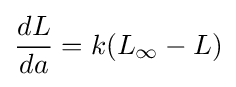
{\frac {dL}{da}}=k(L_{\infty }-L)